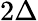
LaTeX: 2\Delta